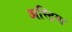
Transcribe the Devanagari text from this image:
अस्ट्रिया